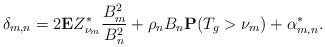
LaTeX: \begin{gather*} \delta_{m,n}=2{\mathbf{E}}Z_{\nu_m}^*\frac{B_m^2}{B_n^2}+\rho_nB_n{\mathbf{P}}(T_g>\nu_m)+ \alpha_{m,n}^*.\end{gather*}